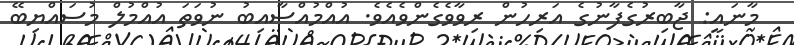
މާނައީ: ޖާބިރުގެފާނުގެ އަރިހުން ރިވާވެގެންވެއެވެ. އުއްމުއްސާއިބު ނުވަތަ އުއްމުލް މުސައްޔިބޭ